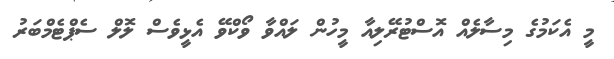
މީ އެކަމުގެ މިސާލެއް އޮސްޓުރޭލިއާ މީހުން ލައްވާ ވޯކްވޭ އެޅީވެސް ލޮލް ސެޕްޓެމްބަރު